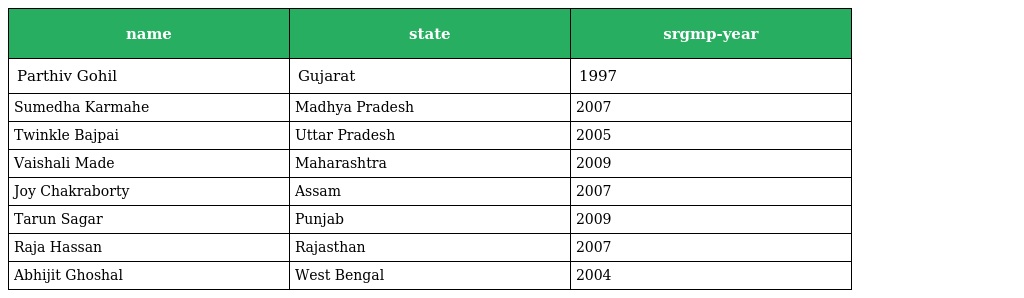
| name | state | srgmp-year |
 | --- | --- | --- |
 | Parthiv Gohil | Gujarat | 1997 |
 | Sumedha Karmahe | Madhya Pradesh | 2007 |
 | Twinkle Bajpai | Uttar Pradesh | 2005 |
 | Vaishali Made | Maharashtra | 2009 |
 | Joy Chakraborty | Assam | 2007 |
 | Tarun Sagar | Punjab | 2009 |
 | Raja Hassan | Rajasthan | 2007 |
 | Abhijit Ghoshal | West Bengal | 2004 |